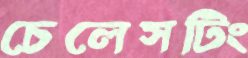
চেলেসটিং